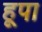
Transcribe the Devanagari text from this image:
हूपा